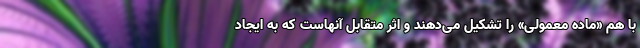
با هم «ماده معمولی» را تشکیل می‌دهند و اثر متقابل آنهاست که به ایجاد